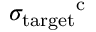
\sigma _ { \mathrm { t a r g e t } } \mathrm { ^ c }